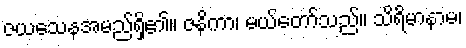
ဇယသေနအမည်ရှိ၏။ ဇနိကာ၊ မယ်တော်သည်။ သိရိမာနာမ၊